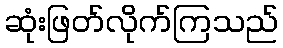
ဆုံးဖြတ်လိုက်ကြသည်